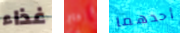
غذاء داج أحدهما